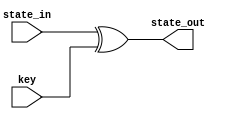
module add_roundkey( state_in, key, state_out);
	
 input [0:127] state_in;
 input [0:127] key;

 output [0:127] state_out;


 // possible implementation to reduce x's in output?

 // assign state_out = (state_in != 0) ? (state_in ^ key) : 127'b0;

assign state_out = (state_in ^ key);


endmodule

/*
module addkey_tester();


reg [0:127] state_in, key;

reg [0:31] s1, s2, s3, s4; // each row of the state
reg [0:31] s_in1, s_in2, s_in3, s_in4;

wire [0:127] state_out;

add_roundkey addkey(.state_in(state_in), .key(key), .state_out(state_out));

initial begin
	$dumpfile ("dumpfiles/add_roundkey.dump");
	$dumpvars (0, addkey_tester);
end

initial begin

	state_in = 128'h00112233445566778899aabbccddeeff;

	key = 128'haaaabbbbccccddddeeeeffff00223344;


	s_in1 = {state_in[0:7], state_in[32:39], state_in[64:71], state_in[96:103]};
	s_in2 = {state_in[8:15], state_in[40:47], state_in[72:79], state_in[104:111]};
	s_in3 = {state_in[16:23], state_in[48:55], state_in[80:87], state_in[112:119]};
	s_in4 = {state_in[24:31], state_in[56:63], state_in[88:95], state_in[120:127]};

	s1 = {state_out[0:7], state_out[32:39], state_out[64:71], state_out[96:103]};
	s2 = {state_out[8:15], state_out[40:47], state_out[72:79], state_out[104:111]};
	s3 = {state_out[16:23], state_out[48:55], state_out[80:87], state_out[112:119]};
	s4 = {state_out[24:31], state_out[56:63], state_out[88:95], state_out[120:127]};

	$display ("Key: %h", key);

	$display("%h", s_in1);
	$display("%h", s_in2);
	$display("%h", s_in3);
	$display("%h", s_in4);

	$display(" ");

	$display("%h", s1);
	$display("%h", s2);
	$display("%h", s3);
	$display("%h", s4);
	
end 
endmodule
*/